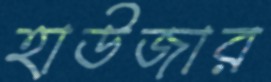
হাউজার